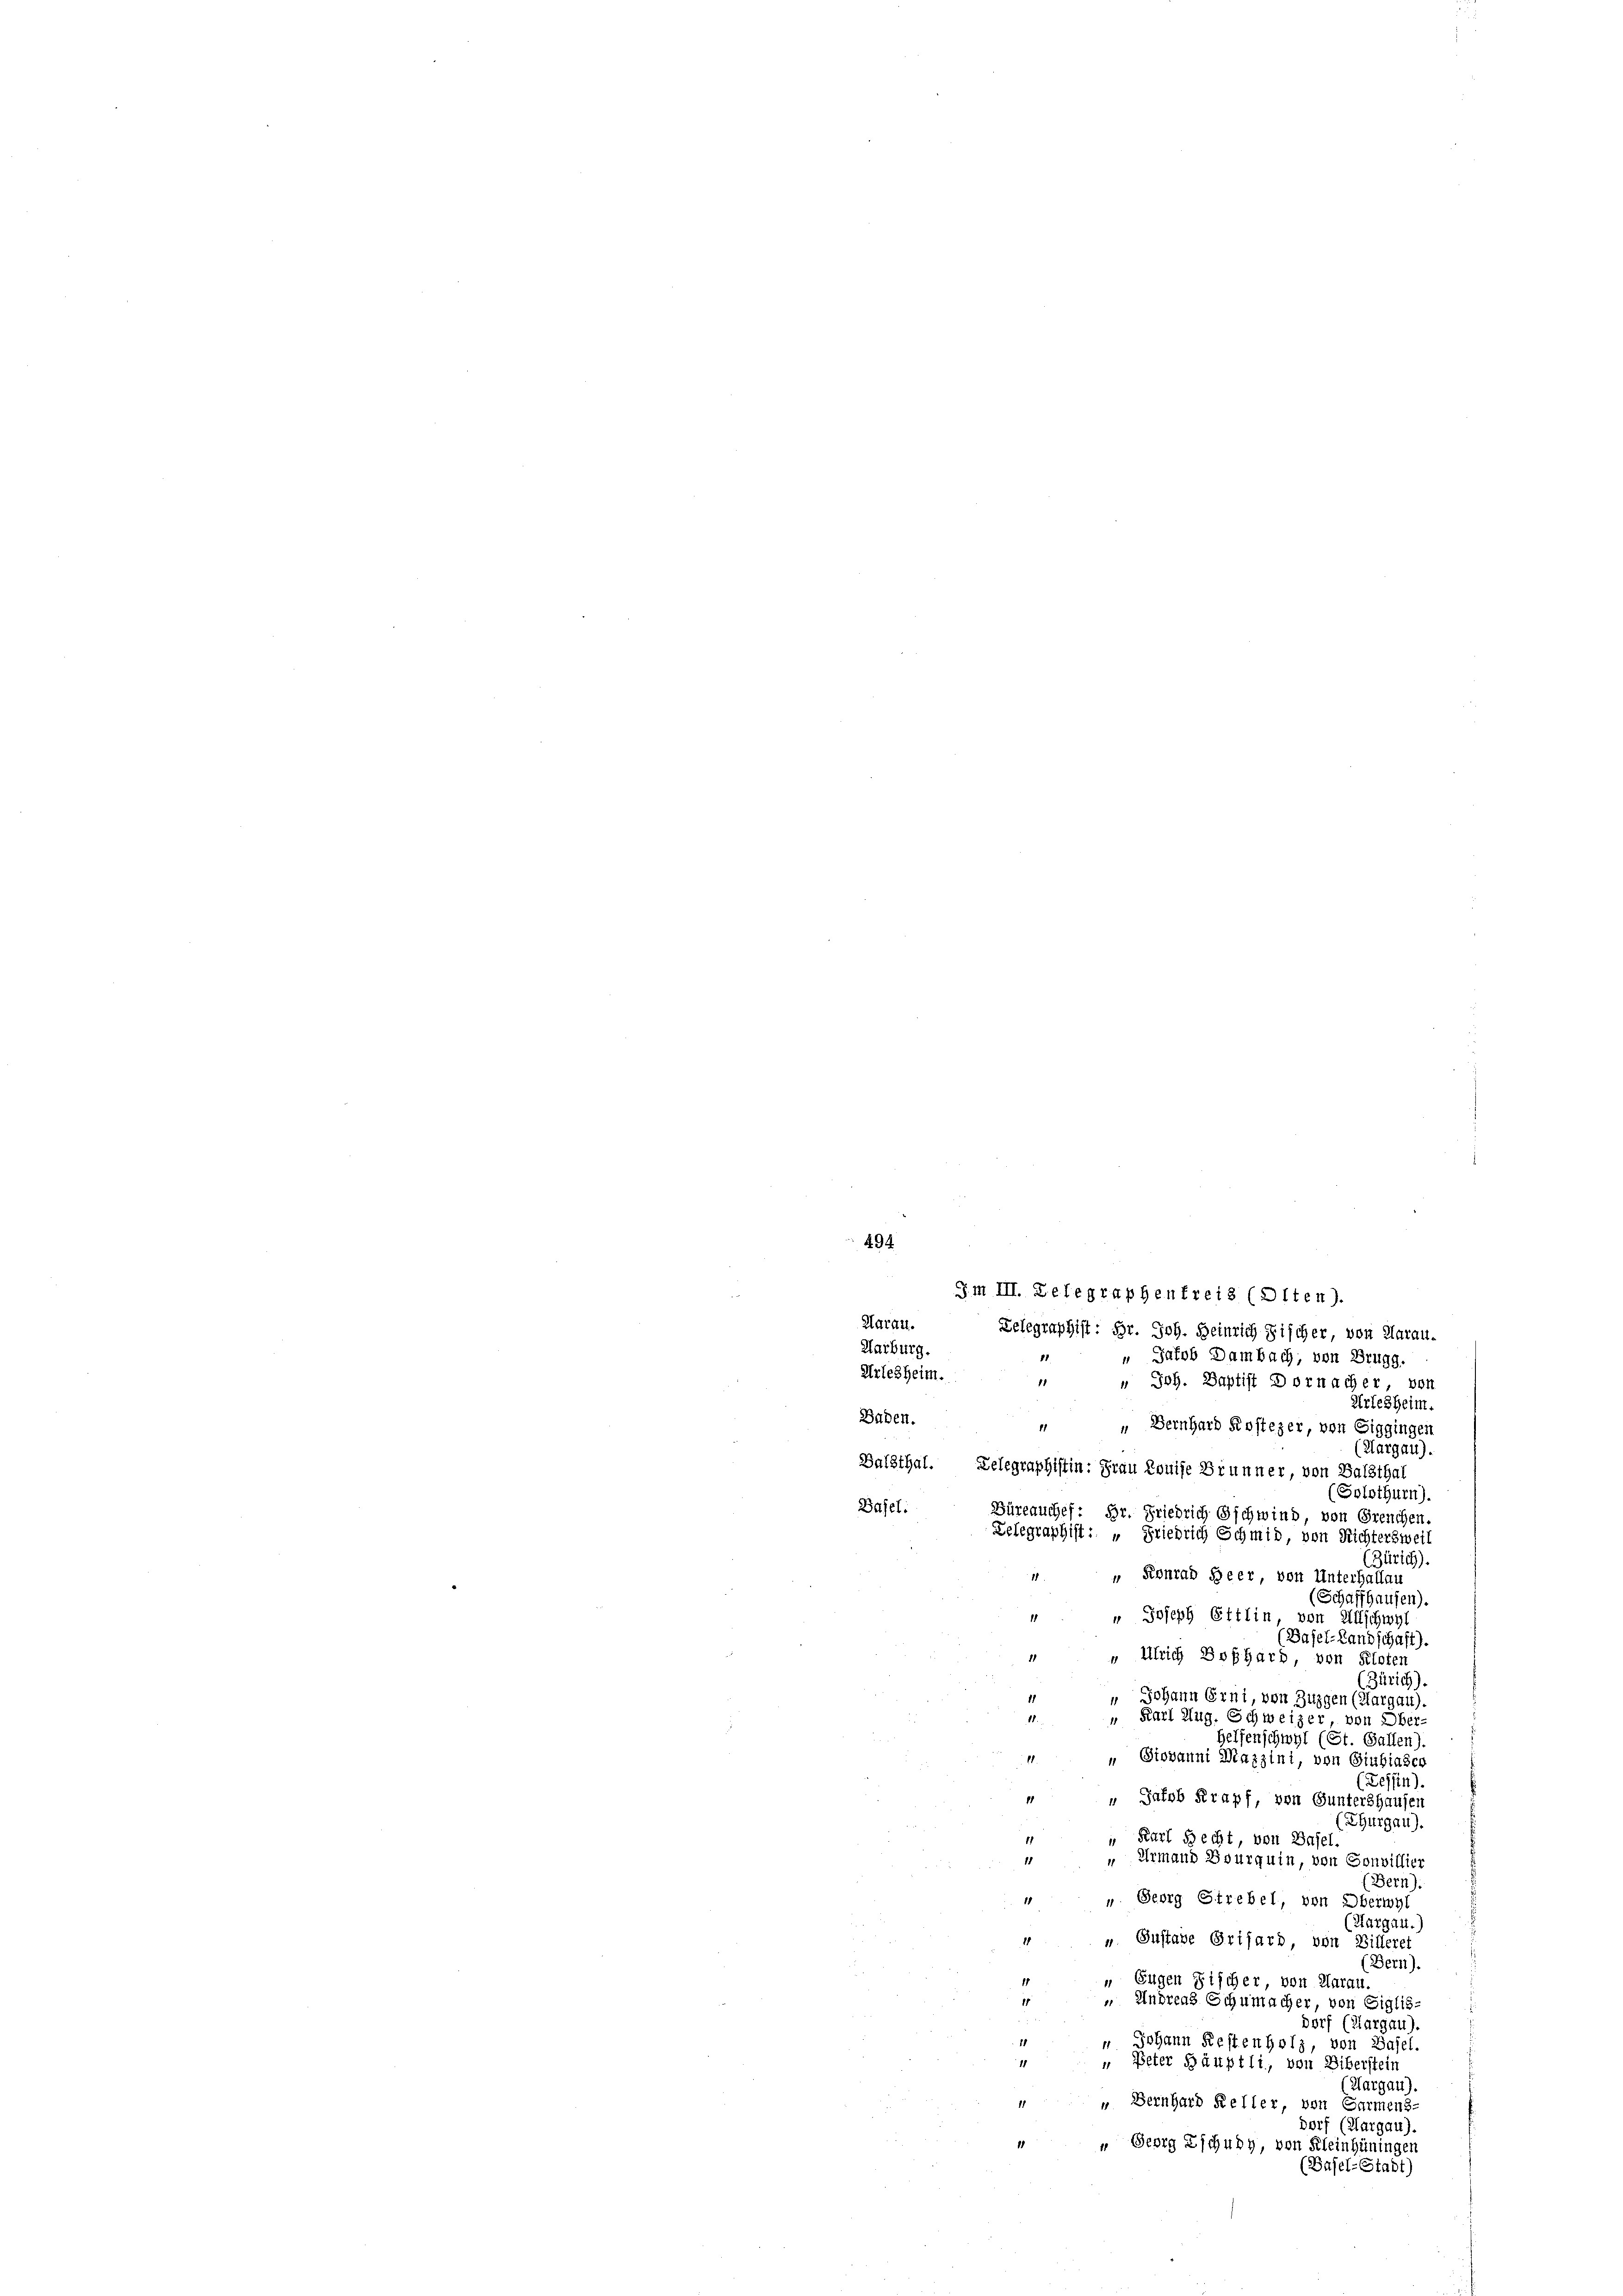
494
Aarau.
Delegraphist: Hr. Joh. Heinrich Fischer, von Aarau-
Karburg.
 " Jakob Dambach, von Brugg.
Arlesheim.
" " Joh. Baptist Dornacher von
Arlesheim.
Baden.
“ Bernhard Kostezer, von Siggingen
(Aargau).
Balsthal. Delegraphistin: Frau Louise Brunner, von Balsthal
(Solothurn).
Basel:
Büreauchef: Hr. Friedrich Gschwind von Greuchen.
Zelegraphist: „Friedrich Schmid, von Richtersweil
(Zürich).
 " Konrad Heer von Unterhallau
(Schaffhausen).
" Joseph Ettlin von Mutschwyl
(Basel-Landschaft).
 Ulrich Boßhard, von Kloten
(Zürich).
" Johann Erni, von Zuzgen (Aargau),
" Karl Aug. Schweizer, von Ober-
Helfenschwyl (St. Gallen).
„ Giovanni Mazzini, von Giubiaser
.
(Zessin).
 „Jakob Krapf, von Guntershausen
(Thurgau).
 Karl Recht, von Basel
1
18
Urmand Bourquin, von Sonvillier
(Bern).
" " Georg Strebel, von Oberwyl
(Aargau.
“ “ Gustave Grisard, von Billeret
Bern).
 Eugen Fischer von Aarau
1
1
 Andreas Schumacher, von Eglis-
Dorf (Margau),
1
" Johann Restenholz, von Basel.
11
" Peter Häuptli, von Ziberstein
(Aargau)
 " Bernhard Keller, von Garmens-
Dorf (Hargau).
 " Georg Zschung, von Kleinhüningen
(Basel-Stadt)

§m III. Delegraphenfreis (Olten).